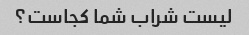
لیست شراب شما کجاست؟